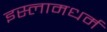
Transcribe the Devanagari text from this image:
इस्लामधर्म